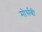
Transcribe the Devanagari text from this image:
मोर्सबी